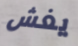
يغش